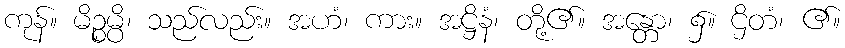
ကုန်။ မိဉ္စမ္ပိ၊ သည်လည်း။ အဟံ၊ ကား။ အဋ္ဌိနံ၊ တို့၏။ အန္တော၊ ၌။ ဌိတံ၊ ၏။